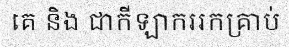
គេ និង ជាកីឡាកររកគ្រាប់